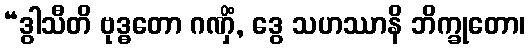
“ဒွါသီတိ ဗုဒ္ဓတော ဂဏှိံ, ဒွေ သဟဿာနိ ဘိက္ခုတော၊